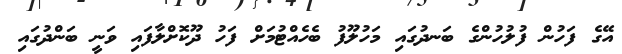
އޭގެ ފަހުން ފުލުހުންގެ ބަނދުގައި މަހުލޫފު ބެހެއްޓުމަށް ފަހު ދޫކޮށްލާފައި ވަނީ ބަންދުގައި